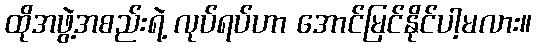
ထိုအဖွဲ့အစည်းရဲ့ လုပ်ရပ်ဟာ အောင်မြင်နိုင်ပါ့မလား။